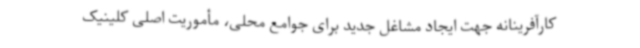
کارآفرینانه جهت ایجاد مشاغل جدید برای جوامع محلی، مأموریت اصلی کلینیک